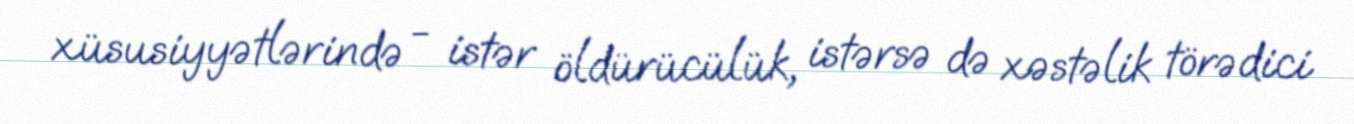
xüsusiyyətlərində - istər öldürücülük, istərsə də xəstəlik törədici